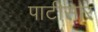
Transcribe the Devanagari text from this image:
पाटीसार